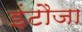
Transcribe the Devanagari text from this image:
इंटौजा